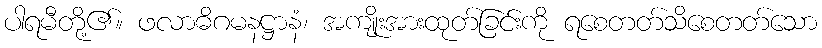
ပါရမီတို့၏။ ဖလာဓိဂမနဋ္ဌာနံ၊ အကျိုးအားထုတ်ခြင်းကို ရစေတတ်သိစေတတ်သော